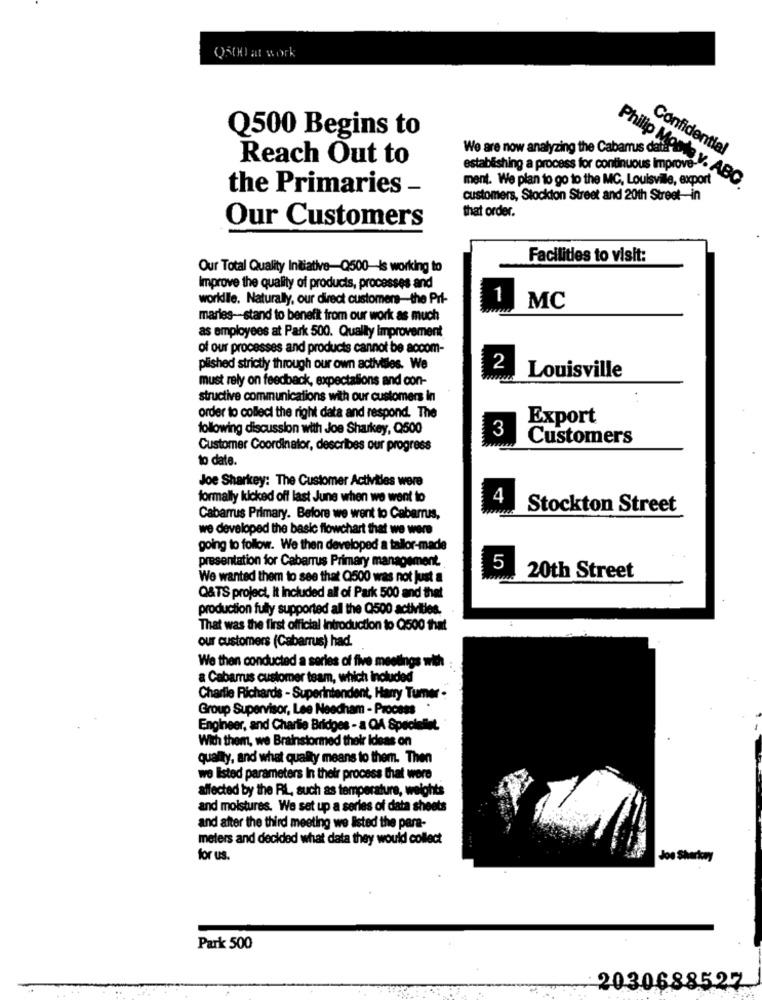
Q500) at work
Q500 Begins to
We are now analyzing the Cabarrus date
Confidential
Reach Out to
establishing a process for continuous improve-".
ment. We plan to go to the MC, Louisvile, export
Philip Moule v. ABC
the Primaries -
customers, Stockton Street and 20th Street-in
that order.
Our Customers
Facilities to visit:
Our Total Quality Intiative-Q500-is working to
Improve the quality of products, processes and
worldile. Naturally, our direct customers-the Prf-
1
MC
maries-stand to benefit from our work as much
as employees at Park 500. Qually improvement
of our processes and products cannot be accom-
plished strictly through our own activities. We
2
Louisville
must rely on feedback, expectations and con-
structive communications with our customers in
order to collect the right data and respond. The
Export
following discussion with Joe Sharkey, Q500
3
Customers
Customer Coordinator, describes our progress
to date.
Joe Sharkey: The Customer Activities were
formally kicked off last June when we went to
4
Stockton Street
Cabarrus Primary. Before we went to Cabarrus,
we developed the basic flowchart that we were
going to follow. We then developed a tailor-made
presentation for Cabarrus Primary management.
5
We wanted them to see that Q500 was not just a
20th Street
Q&TS project, it included all of Park 500 and that
production fuly supported all the Q500 activities.
That was the first official Introduction to Q500 that
our customers (Cabarrus) had.
We then conducted a series of five meetings with
a Cabarrus customer team, which included
Charlie Richards - Superintendent, Harry Tumer -
Group Supervisor, Lee Needham - Process
Engineer, and Charlie Bridges - a QA Speciellet.
With them, we Brainstormed their Ideas on
quality, and what quality means to them. Then
we listed parameters In their process that were
affected by the RL, such as temperature, weights
and moistures. We set up a series of data sheets
and after the third meeting we listed the para-
meters and decided what data they would collect
for us.
Joe Sharkony
Park 500
2030688527